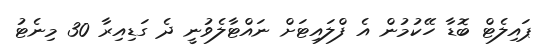
ޕައިލެޓް ބޮޑާ ހޭކުމުން އެ ފްލައިޓަށް ނައްޓާލެވުނީ ދެ ގަޑިއިރާ 30 މިނެޓު